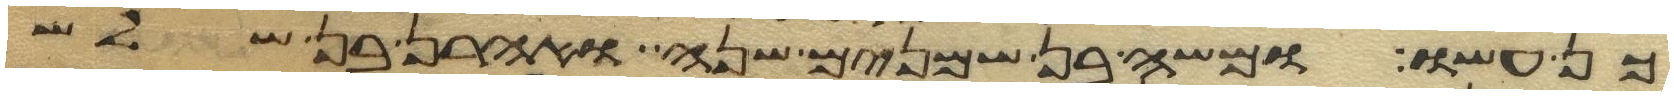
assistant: כן עשו ומשה בן שמנים שנה ואהרן בן שלש